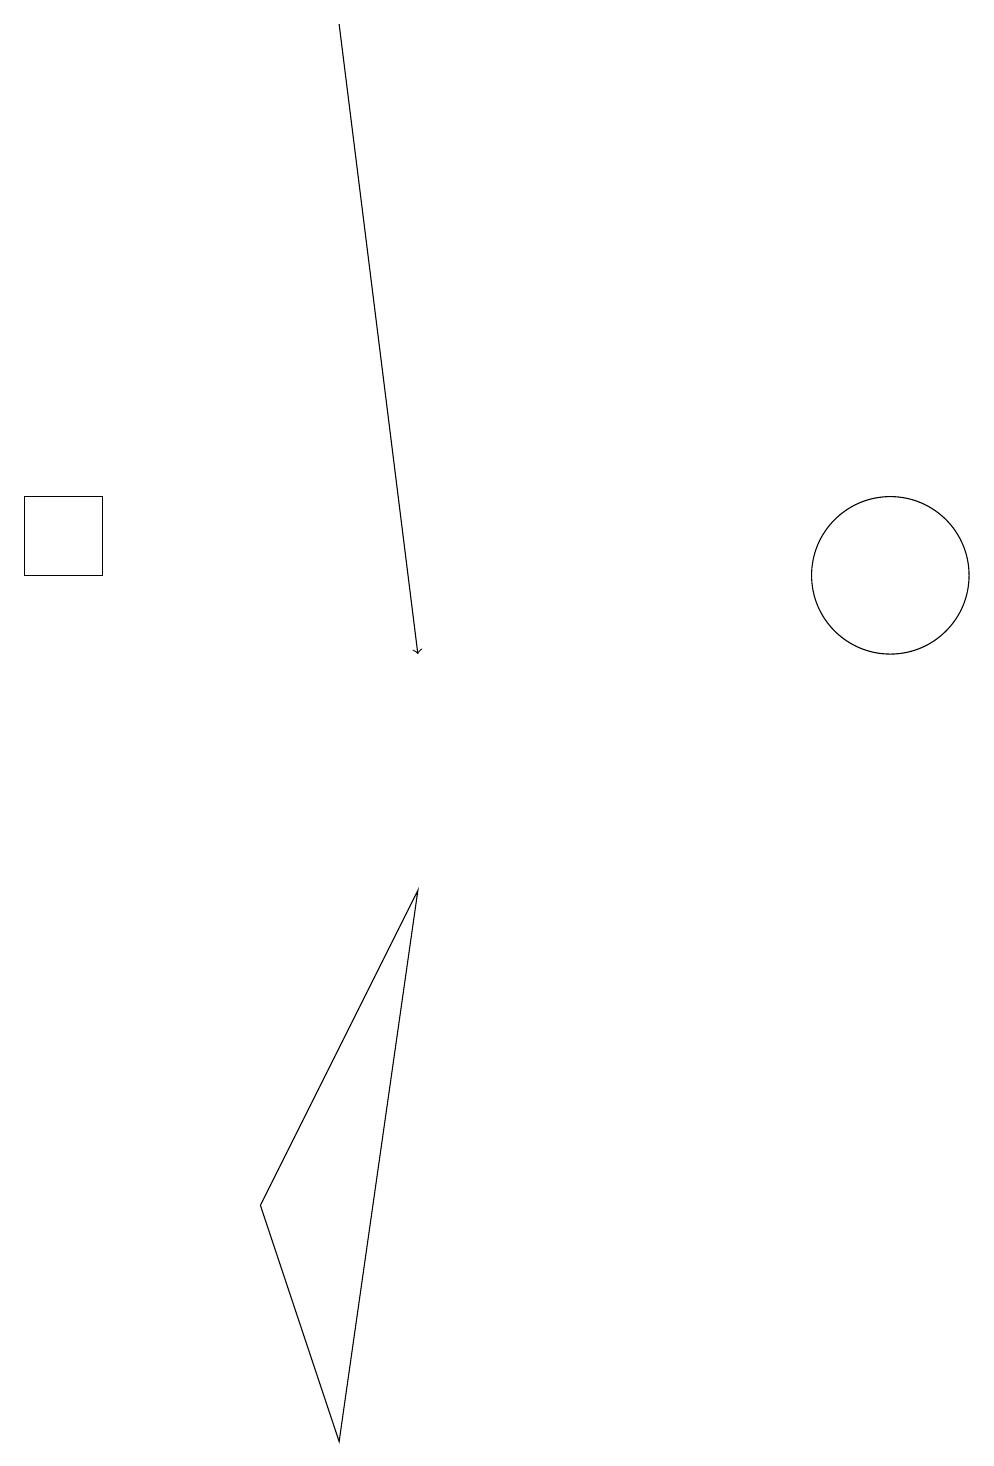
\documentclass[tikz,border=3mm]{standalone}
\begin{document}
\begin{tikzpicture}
\draw[->] (4,18) -- (5,10);
\draw (11,11) circle (1);
\draw (5,7) -- (4,0) -- (3,3) -- cycle;
\draw (0,11) rectangle (1,12);
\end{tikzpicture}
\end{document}